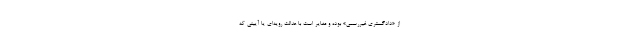
از «دادگستری غیررسمی» بوده و مغایر است با عدالت رویه‌ای یا آیینی که